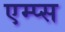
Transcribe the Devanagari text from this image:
एम्प्स